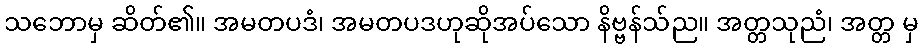
သဘောမှ ဆိတ်၏။ အမတပဒံ၊ အမတပဒဟုဆိုအပ်သော နိဗ္ဗန်သ်ည။ အတ္တသုညံ၊ အတ္တ မှ